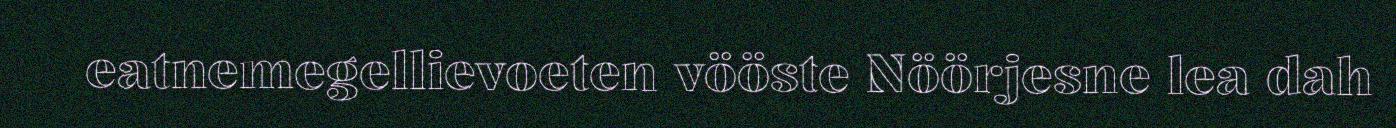
eatnemegellievoeten vööste Nöörjesne lea dah